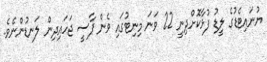
ޔުނައިޓެޑުގެ ލީޑު ފުޅާކޮށްދިނީ 22 ވަނަ މިނިޓުގައި ވެން ޕާސީ ޖަހައިދިން ލަނޑުންނެވެ.